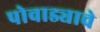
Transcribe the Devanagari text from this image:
पोवाड्याचे